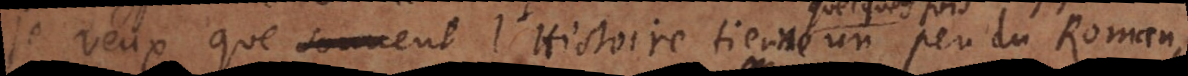
veux que souvent l’Histoire tienne un peu du Roman,